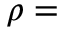
\rho =